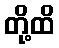
တို့ထိ